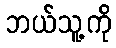
ဘယ်သူ့ကို